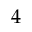
4